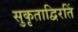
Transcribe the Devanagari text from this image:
सुकृताद्विरतिं